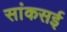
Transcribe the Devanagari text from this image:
सांकसई